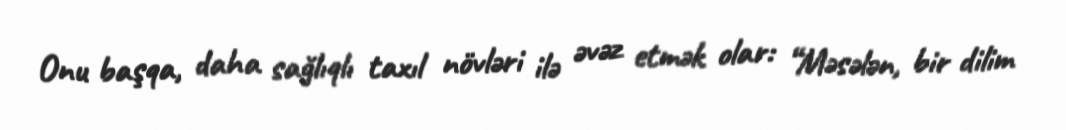
Onu başqa, daha sağlıqlı taxıl növləri ilə əvəz etmək olar: “Məsələn, bir dilim